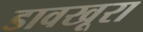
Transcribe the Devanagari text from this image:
डावखूरा